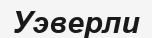
Уэверли